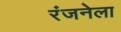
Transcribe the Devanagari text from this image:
रंजनेला